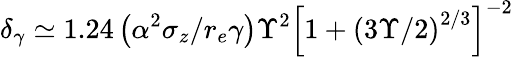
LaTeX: \delta_{\gamma}\simeq 1.24\left(\alpha^{2}\sigma_{z}/r_{e}\gamma\right)\Upsilon^{2}\left[1+\left(3\Upsilon/2\right)^{2/3}\right]^{-2}